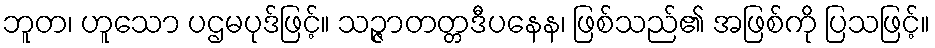
ဘူတ၊ ဟူသော ပဌမပုဒ်ဖြင့်။ သဉ္ဇာတတ္တဒီပနေန၊ ဖြစ်သည်၏ အဖြစ်ကို ပြသဖြင့်။